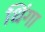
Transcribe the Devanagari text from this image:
धिंगा